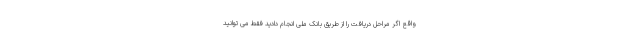
واقع اگر مراحل دریافت را از طریق بانک ملی انجام دادید فقط می توانید